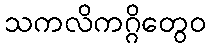
သကလိကဂ္ဂိတွေဝ